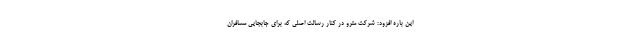
این باره افزود: شرکت مترو در کنار رسالت اصلی که برای جابجایی مسافران